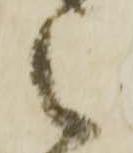
被